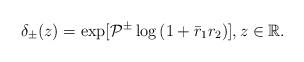
LaTeX: \begin{align*}\delta_{\pm}(z)= \exp [ \mathcal{P}^{\pm} \log \left(1+\bar{r}_1 r_2\right)] , z \in \mathbb{R}.\end{align*}